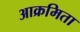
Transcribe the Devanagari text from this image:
आक्रमिता